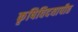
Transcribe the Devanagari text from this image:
कृषिविदयापीठ